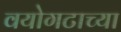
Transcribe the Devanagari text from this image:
वयोगटाच्या